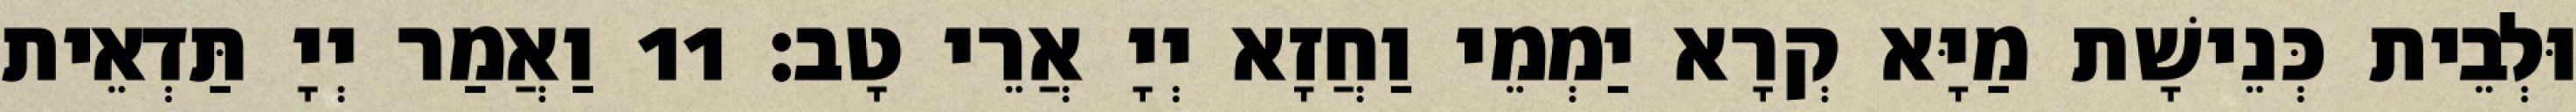
וּלְבֵית כְּנֵישָׁת מַיָּא קְרָא יַמְמֵי וַחֲזָא יְיָ אֲרֵי טָב׃ 11 וַאֲמַר יְיָ תַּדְאֵית